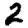
Digit: 2